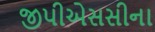
જીપીએસસીના